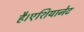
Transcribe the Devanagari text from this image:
है।एशियानेट